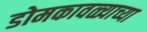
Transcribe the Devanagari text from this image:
डोमकावळ्याच्या